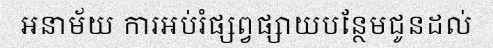
អនាម័យ ការអប់រំផ្សព្វផ្សាយបន្ថែមជូនដល់